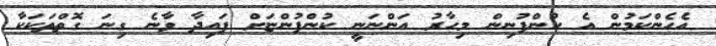
އެހެންކަމުން އެ ކުންފުނިން މިހާރު އަންނަނީ ކުންފުންޏަށް ފައިދާ ވާނެ ގިނަ ގޮތްތަކަކާ